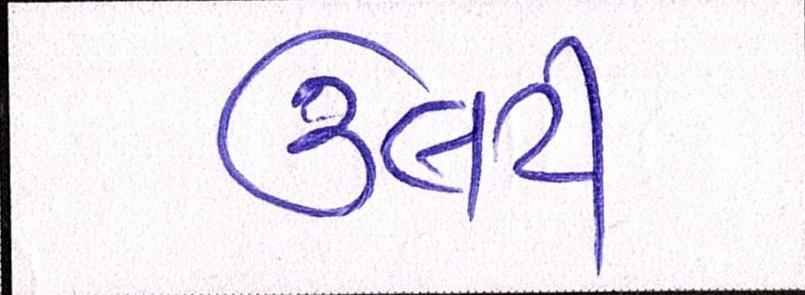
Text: ઉલટી